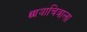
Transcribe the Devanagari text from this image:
छायाचित्राला